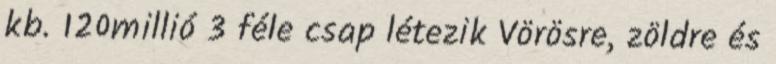
kb. 120millió 3 féle csap létezik Vörösre, zöldre és